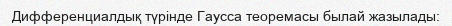
Дифференциалдық түрінде Гаусса теоремасы былай жазылады: